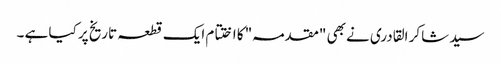
سید شاکر القادری نے بھی "مقدمہ" کا اختتام ایک قطعہ تاریخ پر کیا ہے ۔